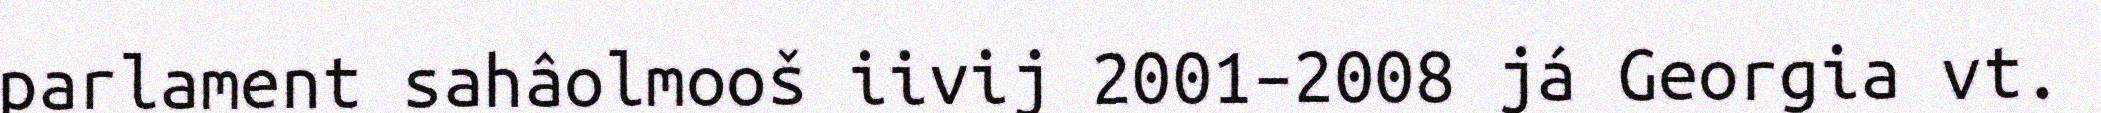
parlament sahâolmooš iivij 2001–2008 já Georgia vt.